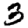
Digit: 3